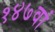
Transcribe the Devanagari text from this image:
१४७वां